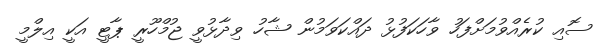
ސޮއި ކުރެއްވުމަށްފަހު ވާހަކަފުޅު ދައްކަވަމުން ޝާހު ވިދާޅުވީ ޖުމްހޫރީ ޕާޓީ އަކީ އިލްމީ